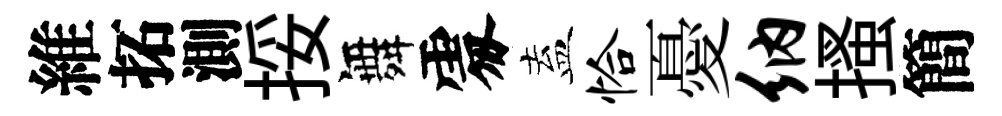
維拓測挼舞𠁅盍恰憂纳搔簡